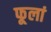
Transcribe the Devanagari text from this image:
फूलां